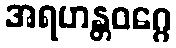
အရဟန္တဝဂ္ဂေ